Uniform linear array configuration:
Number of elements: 4
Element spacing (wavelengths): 0.5
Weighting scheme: binomial
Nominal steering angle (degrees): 0
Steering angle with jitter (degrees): -0.7313
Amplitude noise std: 0.05
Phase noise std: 0.05

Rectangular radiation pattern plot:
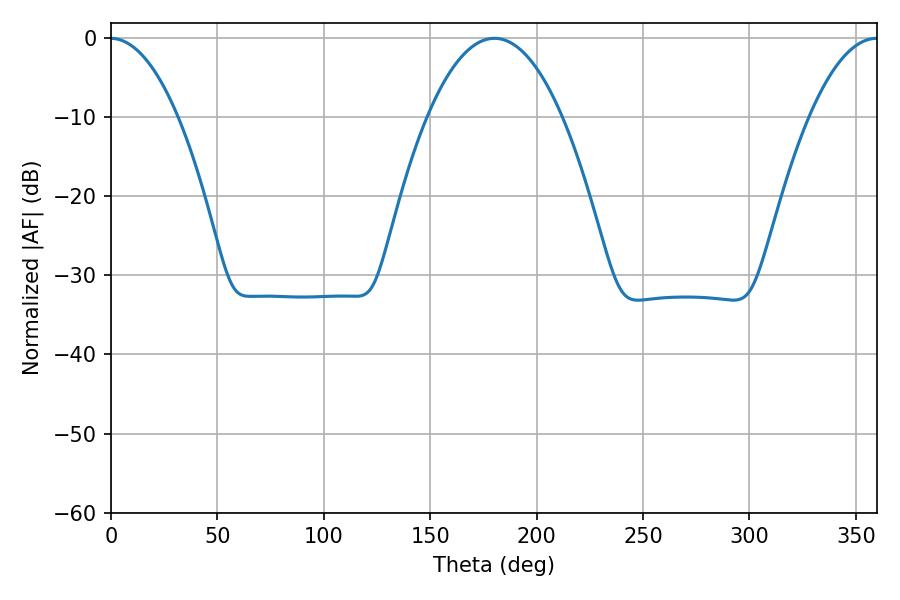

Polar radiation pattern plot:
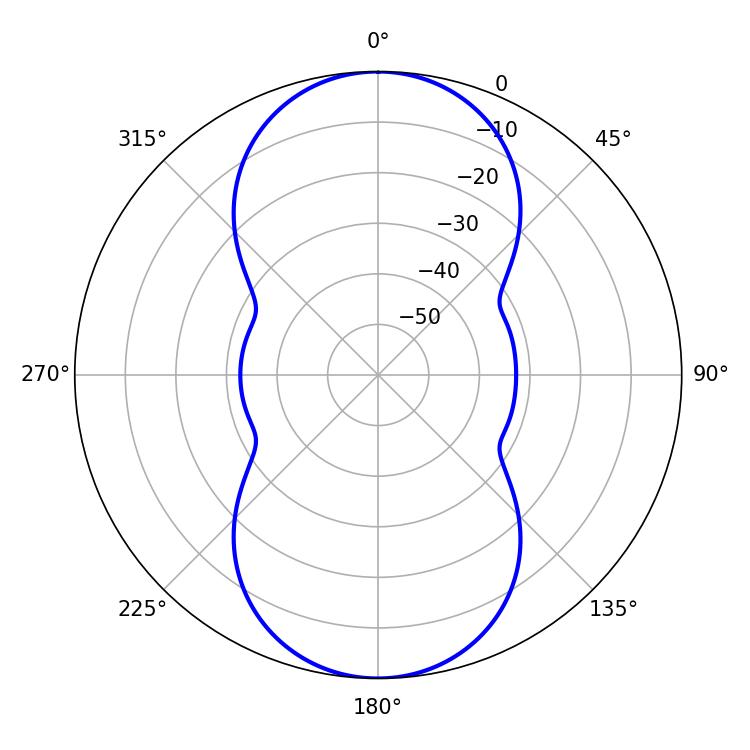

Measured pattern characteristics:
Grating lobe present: FALSE
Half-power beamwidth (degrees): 34.92
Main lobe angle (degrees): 180.18